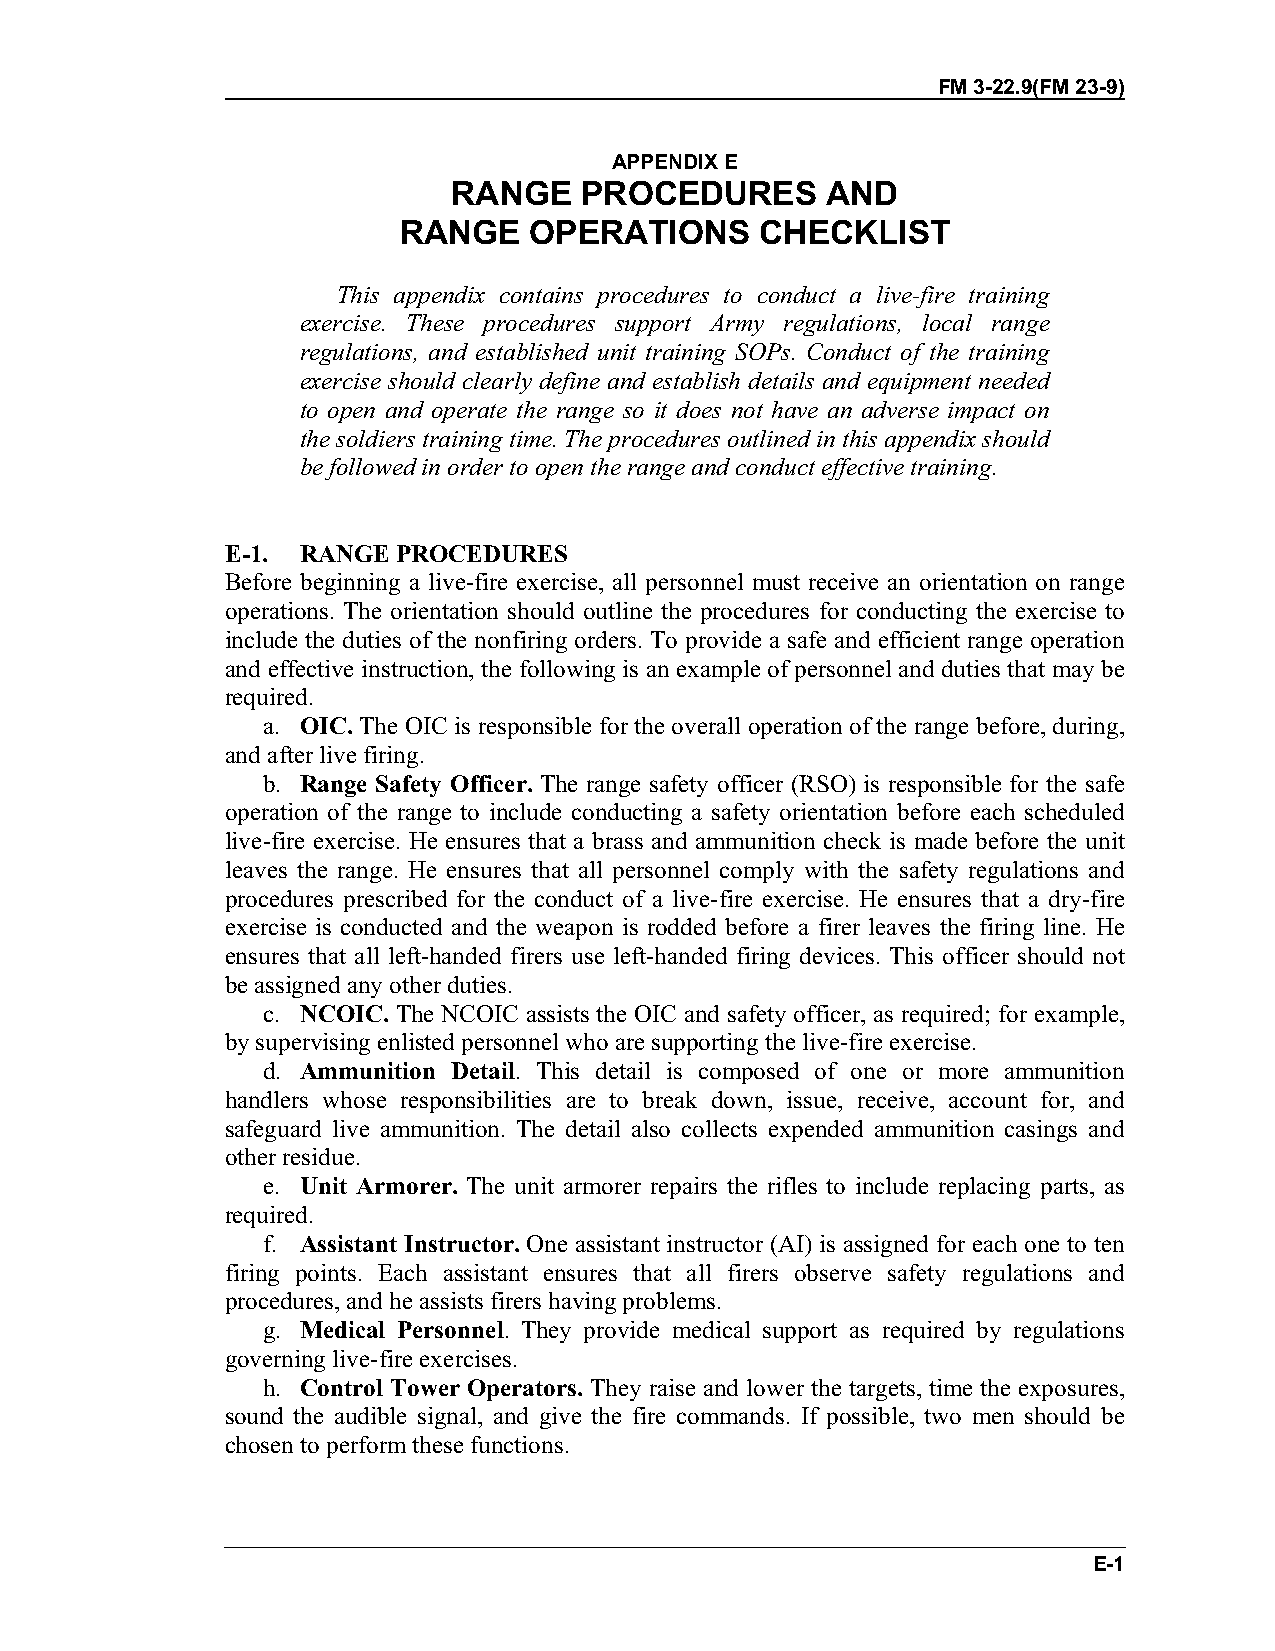
FM 3-22.9(FM 23-9)
 APPENDIX E
 RANGE   PROCEDURES       AND
 RANGE    OPERATIONS     CHECKLIST
 This appendix contains procedures to conduct a live-fire training
 exercise. These procedures support Army regulations, local range
 regulations, and established unit training SOPs. Conduct of the training
 exercise should clearly define and establish details and equipment needed
 to open and operate the range so it does not have an adverse impact on
 the soldiers training time. The procedures outlined in this appendix should
 be followed in order to open the range and conduct effective training.
 E-1. RANGE PROCEDURES
 Before beginning a live-fire exercise, all personnel must receive an orientation on range
 operations. The orientation should outline the procedures for conducting the exercise to
 include the duties of the nonfiring orders. To provide a safe and efficient range operation
 and effective instruction, the following is an example of personnel and duties that may be
 required.
 a. OIC. The OIC is responsible for the overall operation of the range before, during,
 and after live firing.
 b. Range Safety Officer. The range safety officer (RSO) is responsible for the safe
 operation of the range to include conducting a safety orientation before each scheduled
 live-fire exercise. He ensures that a brass and ammunition check is made before the unit
 leaves the range. He ensures that all personnel comply with the safety regulations and
 procedures prescribed for the conduct of a live-fire exercise. He ensures that a dry-fire
 exercise is conducted and the weapon is rodded before a firer leaves the firing line. He
 ensures that all left-handed firers use left-handed firing devices. This officer should not
 be assigned any other duties.
 c. NCOIC. The NCOIC assists the OIC and safety officer, as required; for example,
 by supervising enlisted personnel who are supporting the live-fire exercise.
 d. Ammunition Detail. This detail is composed of one or more ammunition
 handlers whose responsibilities are to break down, issue, receive, account for, and
 safeguard live ammunition. The detail also collects expended ammunition casings and
 other residue.
 e. Unit Armorer. The unit armorer repairs the rifles to include replacing parts, as
 required.
 f. Assistant Instructor. One assistant instructor (AI) is assigned for each one to ten
 firing points. Each assistant ensures that all firers observe safety regulations and
 procedures, and he assists firers having problems.
 g. Medical Personnel. They provide medical support as required by regulations
 governing live-fire exercises.
 h. Control Tower Operators. They raise and lower the targets, time the exposures,
 sound the audible signal, and give the fire commands. If possible, two men should be
 chosen to perform these functions.
 E-1